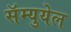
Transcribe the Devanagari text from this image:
सॅम्युयेल